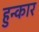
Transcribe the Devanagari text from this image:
हुन्कार